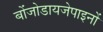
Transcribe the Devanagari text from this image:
बोंजोडायजेपाइनों